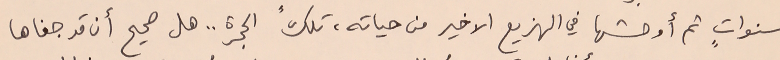
سنواتٍ ثم أوحشها في الهزيع الاخير من حياته، تلك الحجرة.. هل صحيح أن قد جفاها